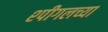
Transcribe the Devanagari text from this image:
श्पीगलच्या